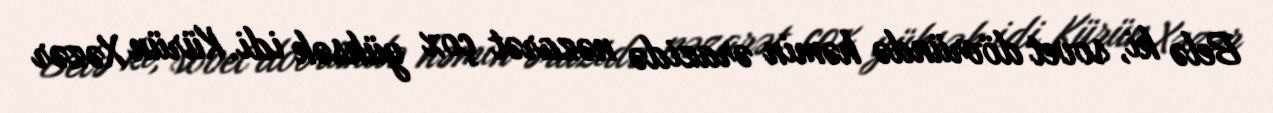
Belə ki, sovet dövründə həmin ərazidə nəzarət çox yüksək idi. Kürün Xəzər